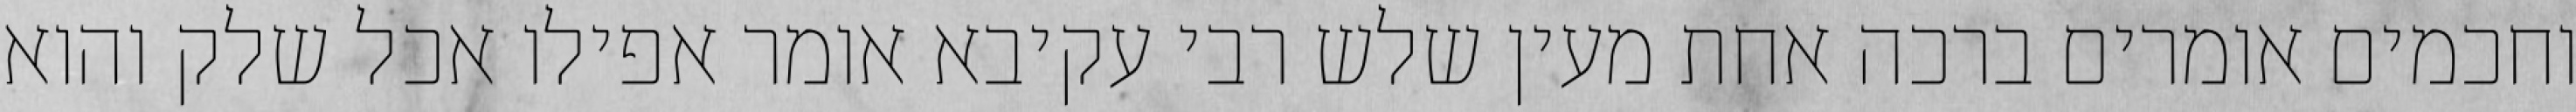
וחכמים אומרים ברכה אחת מעין שלש רבי עקיבא אומר אפילו אכל שלק והוא